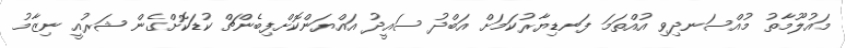
މައުލޫމާތު މުއްސަނދިވި އުއްތަމަ ފަނޑިޔާރުކަމަށް އަބްދު ސައީދު އައްޔަންކޮށްފިބެންޗް ކުޑަކޮށްގެން ޝަރުއީ ނިޒާމު